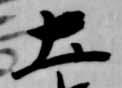
土